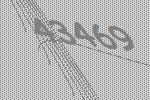
43469